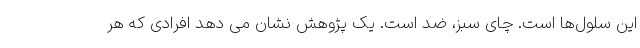
این سلول‌ها است. چای سبز، ضد است. یک پژوهش نشان می دهد افرادی كه هر